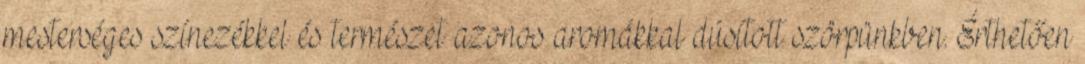
mesterséges színezékkel és természet azonos aromákkal dúsított szörpünkben. Érthetően